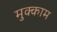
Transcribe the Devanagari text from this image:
मुक्‍काम